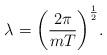
LaTeX: \begin{align*}\lambda = \biggl( { 2 \pi \over m T } \biggr)^{1 \over 2}.\end{align*}